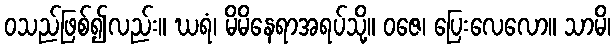
ဝသည်ဖြစ်၍လည်း။ ဃရံ၊ မိမိနေရာအရပ်သို့။ ဝဇေ၊ ပြေးလေလော။ သာမိ၊